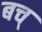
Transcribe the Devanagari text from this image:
बच्